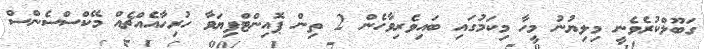
ގަބޫލްކުރެވެނީ މިލިޔުނު މީހާ މިކަމުގައި ބައިވެރިވާހެން 2 ތިން ޕޮއިންޓްފިޔަވާ ހުރިހާއެއްޗެއް މޭކްސްސެންސް